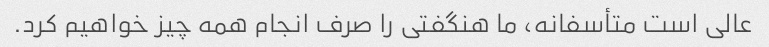
عالی است متأسفانه، ما هنگفتی را صرف انجام همه چیز خواهیم کرد.